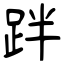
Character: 跘